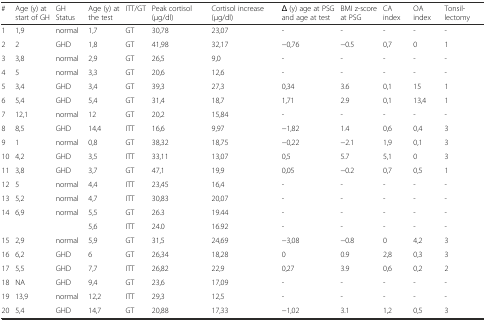
<table><thead><tr><td><b>#</b></td><td><b>Age (y) at start of GH</b></td><td><b>GH Status</b></td><td><b>Age (y) at the test</b></td><td><b>ITT/GT</b></td><td><b>Peak cortisol (μg/dl)</b></td><td><b>Cortisol increase (μg/dl)</b></td><td><b>Δ (y) age at PSG and age at test</b></td><td><b>BMI z-score at PSG</b></td><td><b>CA index</b></td><td><b>OA index</b></td><td><b>Tonsil-lectomy</b></td></tr></thead><tbody><tr><td>1</td><td>1,9</td><td>normal</td><td>1,7</td><td>GT</td><td>30,78</td><td>23,07</td><td>-</td><td>-</td><td>-</td><td>-</td><td>-</td></tr><tr><td>2</td><td>2</td><td>GHD</td><td>1,8</td><td>GT</td><td>41,98</td><td>32,17</td><td>−0,76</td><td>−0.5</td><td>0,7</td><td>0</td><td>1</td></tr><tr><td>3</td><td>3,8</td><td>normal</td><td>2,9</td><td>GT</td><td>26,5</td><td>9,0</td><td>-</td><td>-</td><td>-</td><td>-</td><td>-</td></tr><tr><td>4</td><td>5</td><td>normal</td><td>3,3</td><td>GT</td><td>20,6</td><td>12,6</td><td>-</td><td>-</td><td>-</td><td>-</td><td>-</td></tr><tr><td>5</td><td>3,4</td><td>GHD</td><td>3,4</td><td>GT</td><td>39,3</td><td>27,3</td><td>0,34</td><td>3.6</td><td>0,1</td><td>15</td><td>1</td></tr><tr><td>6</td><td>5,4</td><td>GHD</td><td>5,4</td><td>GT</td><td>31,4</td><td>18,7</td><td>1,71</td><td>2.9</td><td>0,1</td><td>13,4</td><td>1</td></tr><tr><td>7</td><td>12,1</td><td>normal</td><td>12</td><td>GT</td><td>20,2</td><td>15,84</td><td>-</td><td>-</td><td>-</td><td>-</td><td>-</td></tr><tr><td>8</td><td>8,5</td><td>GHD</td><td>14,4</td><td>ITT</td><td>16,6</td><td>9,97</td><td>−1,82</td><td>1.4</td><td>0,6</td><td>0,4</td><td>3</td></tr><tr><td>9</td><td>1</td><td>normal</td><td>0,8</td><td>GT</td><td>38,32</td><td>18,75</td><td>−0,22</td><td>−2.1</td><td>1,9</td><td>0,1</td><td>3</td></tr><tr><td>10</td><td>4,2</td><td>GHD</td><td>3,5</td><td>ITT</td><td>33,11</td><td>13,07</td><td>0,5</td><td>5.7</td><td>5,1</td><td>0</td><td>3</td></tr><tr><td>11</td><td>3,8</td><td>GHD</td><td>3,7</td><td>GT</td><td>47,1</td><td>19,9</td><td>0,05</td><td>−0.2</td><td>0,7</td><td>0,5</td><td>1</td></tr><tr><td>12</td><td>5</td><td>normal</td><td>4,4</td><td>ITT</td><td>23,45</td><td>16,4</td><td>-</td><td>-</td><td>-</td><td>-</td><td>-</td></tr><tr><td>13</td><td>5,2</td><td>normal</td><td>4,7</td><td>ITT</td><td>30,83</td><td>20,07</td><td>-</td><td>-</td><td>-</td><td>-</td><td>-</td></tr><tr><td>14</td><td>6,9</td><td>normal</td><td>5,5</td><td>GT</td><td>26.3</td><td>19.44</td><td>-</td><td>-</td><td>-</td><td>-</td><td>-</td></tr><tr><td></td><td></td><td></td><td>5,6</td><td>ITT</td><td>24.0</td><td>16.92</td><td>-</td><td>-</td><td>-</td><td>-</td><td>-</td></tr><tr><td>15</td><td>2,9</td><td>normal</td><td>5,9</td><td>GT</td><td>31,5</td><td>24,69</td><td>−3,08</td><td>−0.8</td><td>0</td><td>4,2</td><td>3</td></tr><tr><td>16</td><td>6,2</td><td>GHD</td><td>6</td><td>GT</td><td>26,34</td><td>18,28</td><td>0</td><td>0.9</td><td>2,8</td><td>0,3</td><td>3</td></tr><tr><td>17</td><td>5,5</td><td>GHD</td><td>7,7</td><td>ITT</td><td>26,82</td><td>22,9</td><td>0,27</td><td>3.9</td><td>0,6</td><td>0,2</td><td>2</td></tr><tr><td>18</td><td>NA</td><td>GHD</td><td>9,4</td><td>GT</td><td>23,6</td><td>17,09</td><td>-</td><td>-</td><td>-</td><td>-</td><td>-</td></tr><tr><td>19</td><td>13,9</td><td>normal</td><td>12,2</td><td>ITT</td><td>29,3</td><td>12,5</td><td>-</td><td>-</td><td>-</td><td>-</td><td>-</td></tr><tr><td>20</td><td>5,4</td><td>GHD</td><td>14,7</td><td>GT</td><td>20,88</td><td>17,33</td><td>−1,02</td><td>3.1</td><td>1,2</td><td>0,5</td><td>3</td></tr></tbody></table>